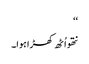
‘‘
نتھو اُٹھ کھڑا ہوا۔